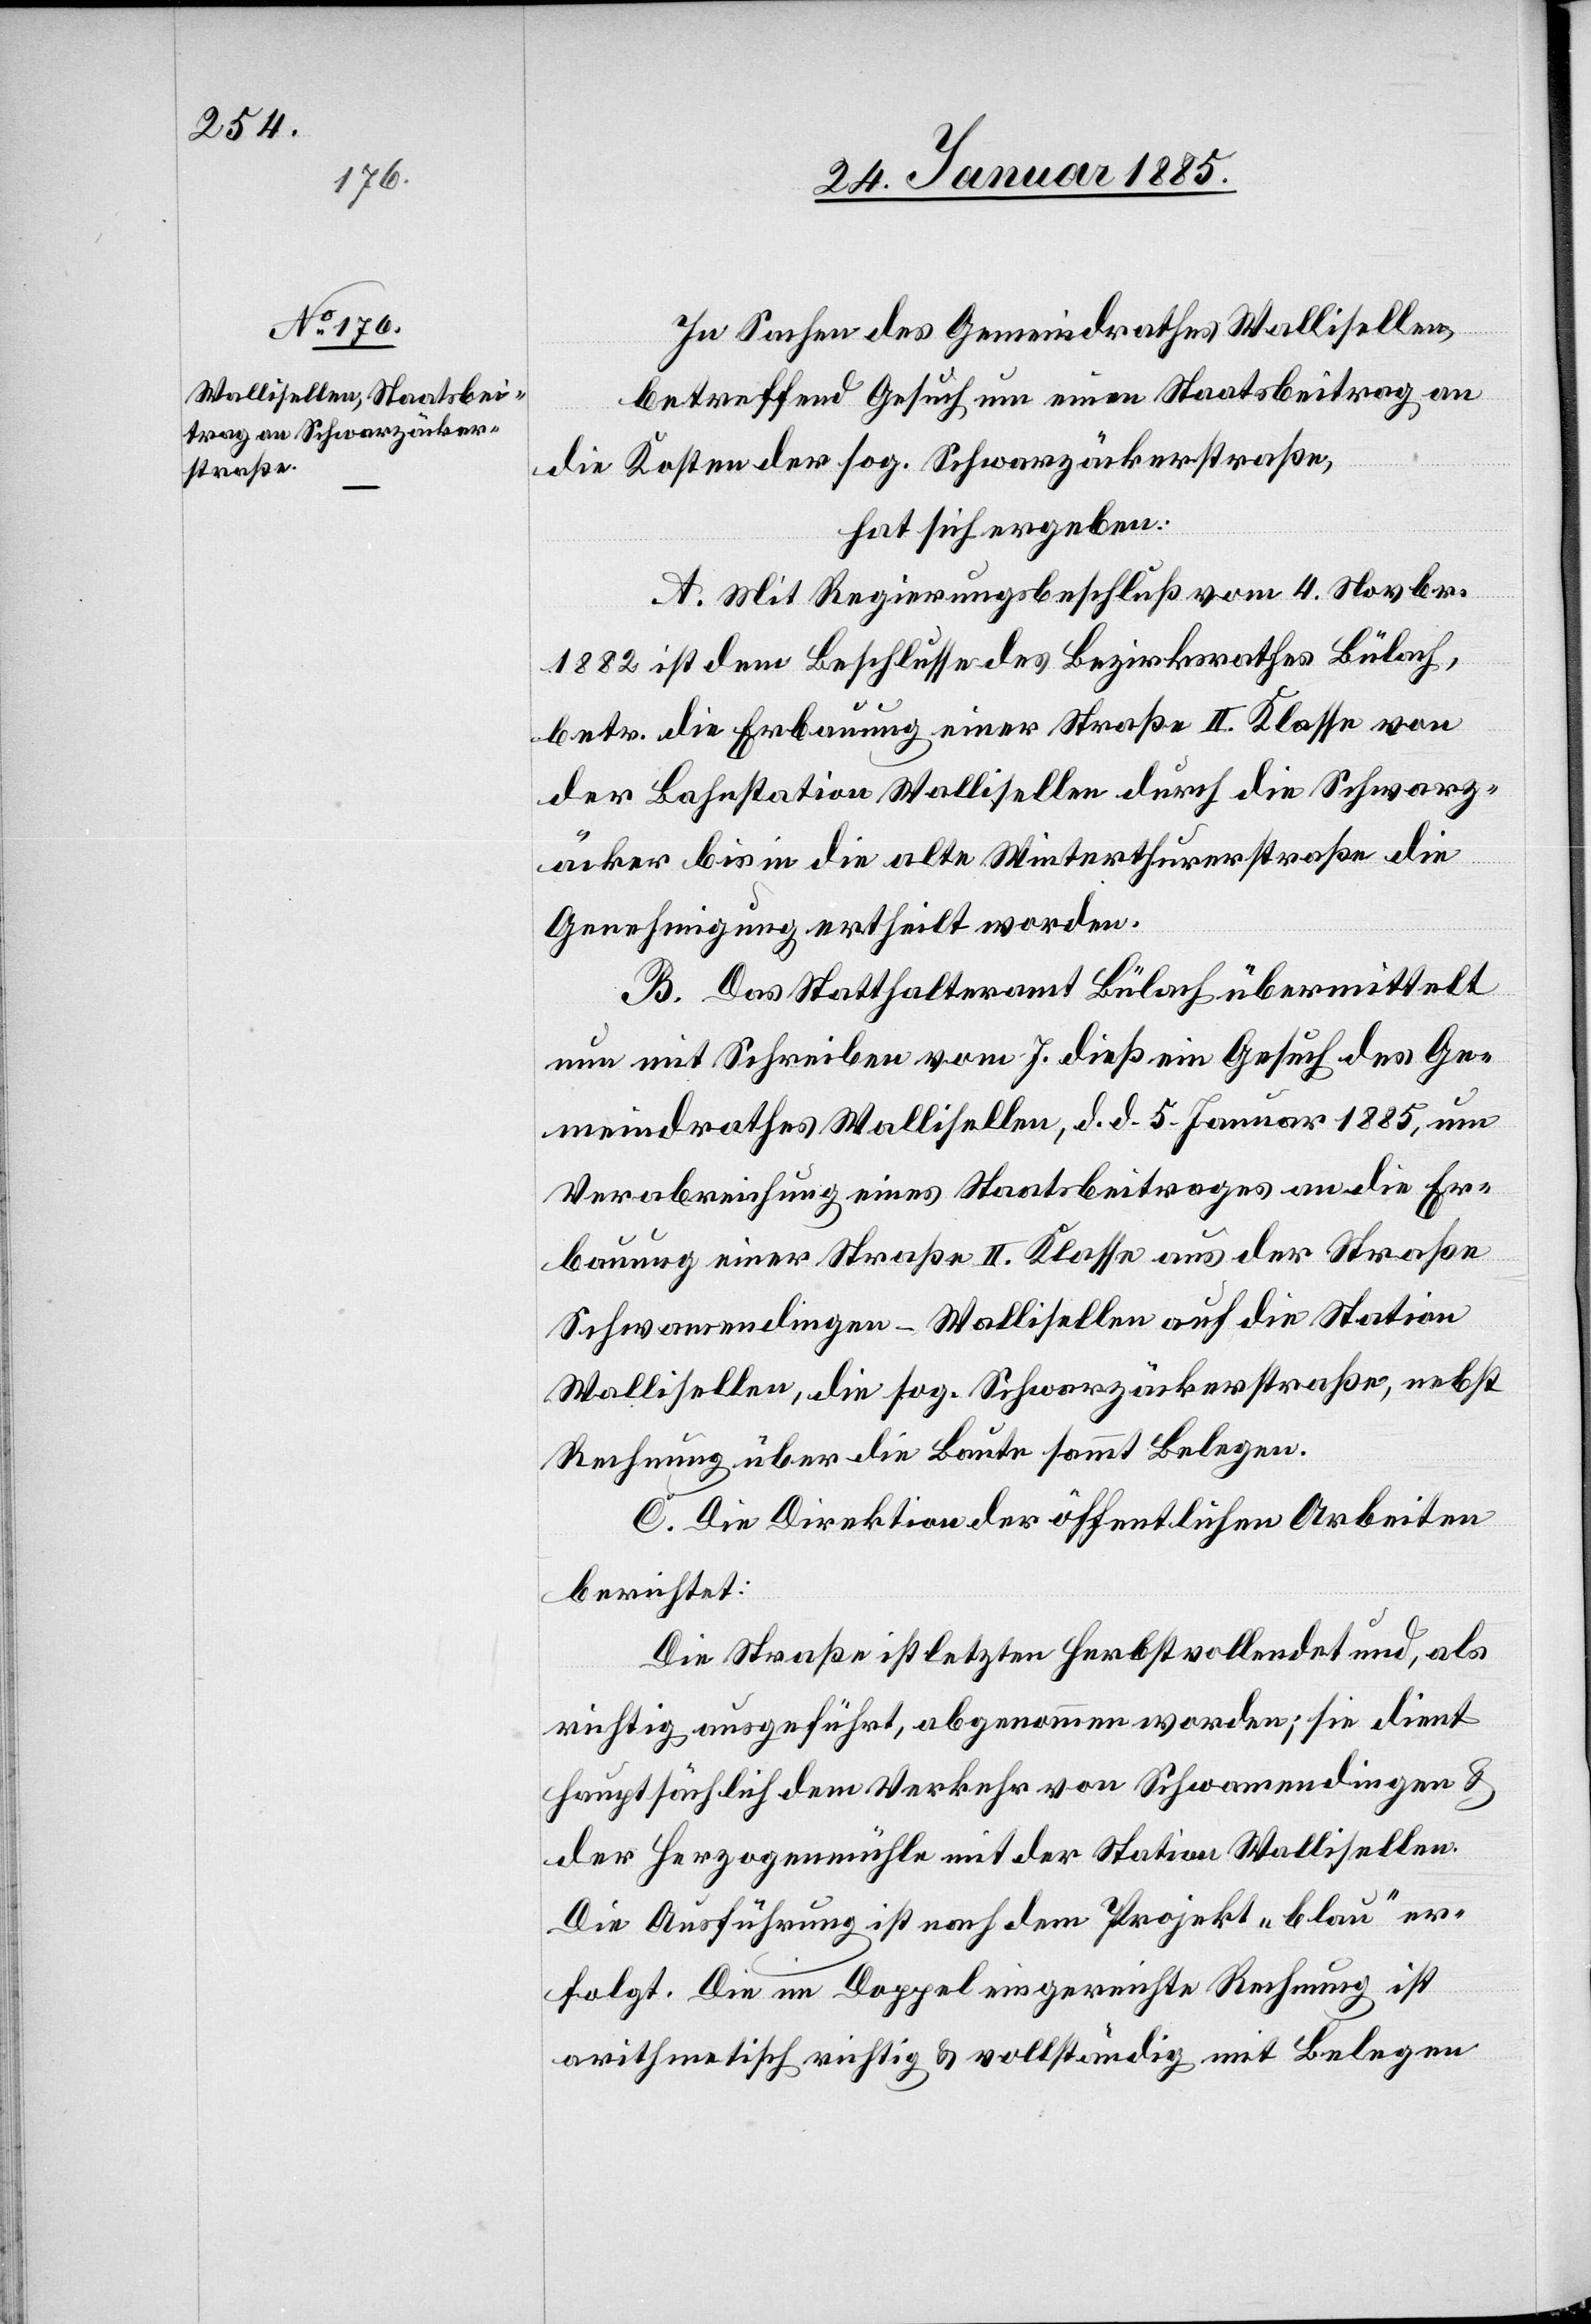
In Sachen des Gemeindrathes Wallisellen,
betreffend Gesuch um neuen Staatsbeitrag an
die Kosten der sog. Schwarzäckerstraße,
hat sich ergeben:
A. Mit Regierungsbeschluß vom 4. Novbr.
1882 ist dem Beschlusse des Bezirksrathes Bülach,
betr. die Erbauung einer Straße II. Klasse von
der Bahnstation Wallisellen durch die Schwarz¬
äcker[-] bis in die alte Winterthurerstraße die
Genehmigung ertheilt werden.
B. Das Statthalteramt Bülach übermittelt
nun mit Schreiben vom 7. dieß ein Gesuch des Ge¬
meindrathes Wallisellen, d. d. 5. Januar 1885, um
Verabreichung eines Staatsbeitrages an die Er¬
bauung einer Straße II. Klasse aus der Straße
Schwamendingen–Wallisellen auf die Station
Wallisellen, die sog. Schwarzäckerstraße, nebst
Rechnung über die Baute sammt Belegen.
C. Die Direktion der öffentlichen Arbeiten
berichtet:
Die Straße ist letzten Herbst vollendet und, als
richtig ausgeführt, abgenommen worden; sie dient
hauptsächlich dem Werkverkehr von Schwamendingen &
der Herzogenmühle mit der Station Wallisellen.
Die Ausführung ist nach dem Projekt „blau“ er¬
folgt. Die im Doppel eingereichte Rechnung ist
arithmetisch richtig & vollständig mit Belegen